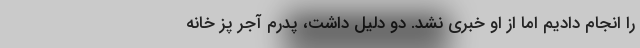
را انجام دادیم اما از او خبری نشد. دو دلیل داشت، پدرم آجر پز خانه